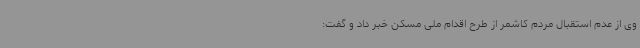
وی از عدم استقبال مردم کاشمر از طرح اقدام ملی مسکن خبر داد و گفت: